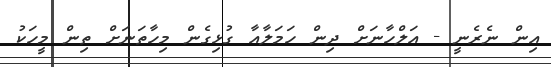
އިން ނެރެނީ - އަލްހާނަށް ދިން ހަމަލާއާ ގުޅިގެން މިހާތަނަށް ތިން މީހަކު